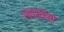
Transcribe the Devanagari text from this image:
सोरिडिया